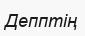
Депптің